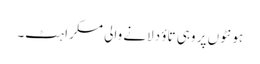
ہونٹوں پر وہی تاؤ دلانے والی مسکراہٹ۔